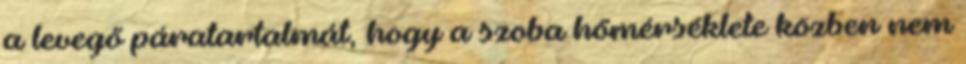
a levegő páratartalmát, hogy a szoba hőmérséklete közben nem